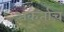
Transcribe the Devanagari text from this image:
अकर्ताच